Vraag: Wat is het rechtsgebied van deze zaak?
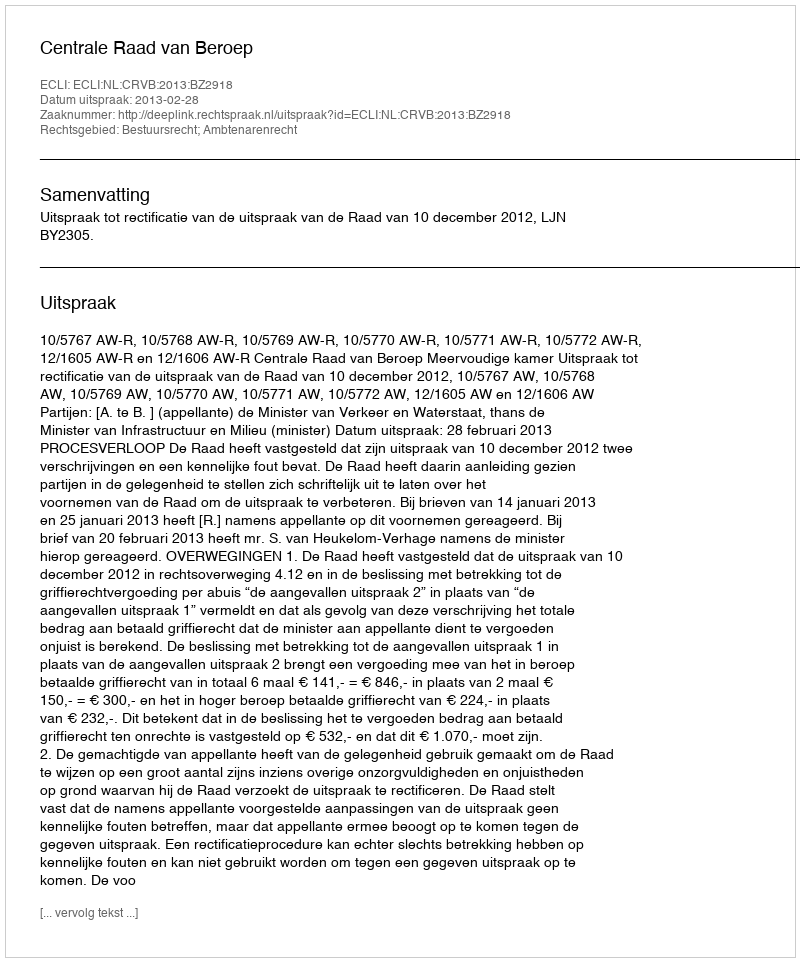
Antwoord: Bestuursrecht; Ambtenarenrecht